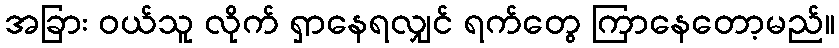
အခြား ဝယ်သူ လိုက် ရှာနေရလျှင် ရက်တွေ ကြာနေတော့မည်။